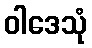
ဝါဒေသုံ